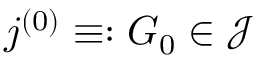
\d j ^ { ( 0 ) } \equiv : G _ { 0 } \in \mathcal { J }